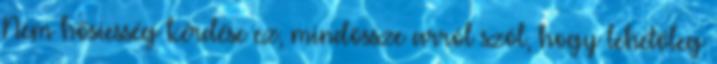
Nem hősiesség kérdése ez, mindössze arról szól, hogy lehetőleg